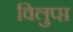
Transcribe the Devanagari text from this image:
विलुप्प्त